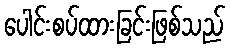
ပေါင်းစပ်ထားခြင်းဖြစ်သည်